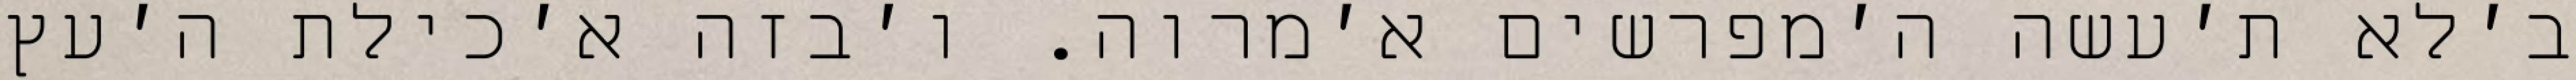
ב׳לא ת׳עשה ה׳מפרשים א׳מרוה. ו׳בזה א׳כילת ה׳עץ